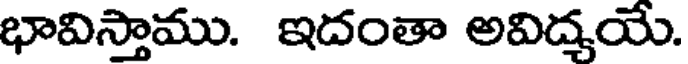
భావిస్తాము. ఇదంతా అవిద్యయే.